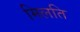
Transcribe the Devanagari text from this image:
मिलति